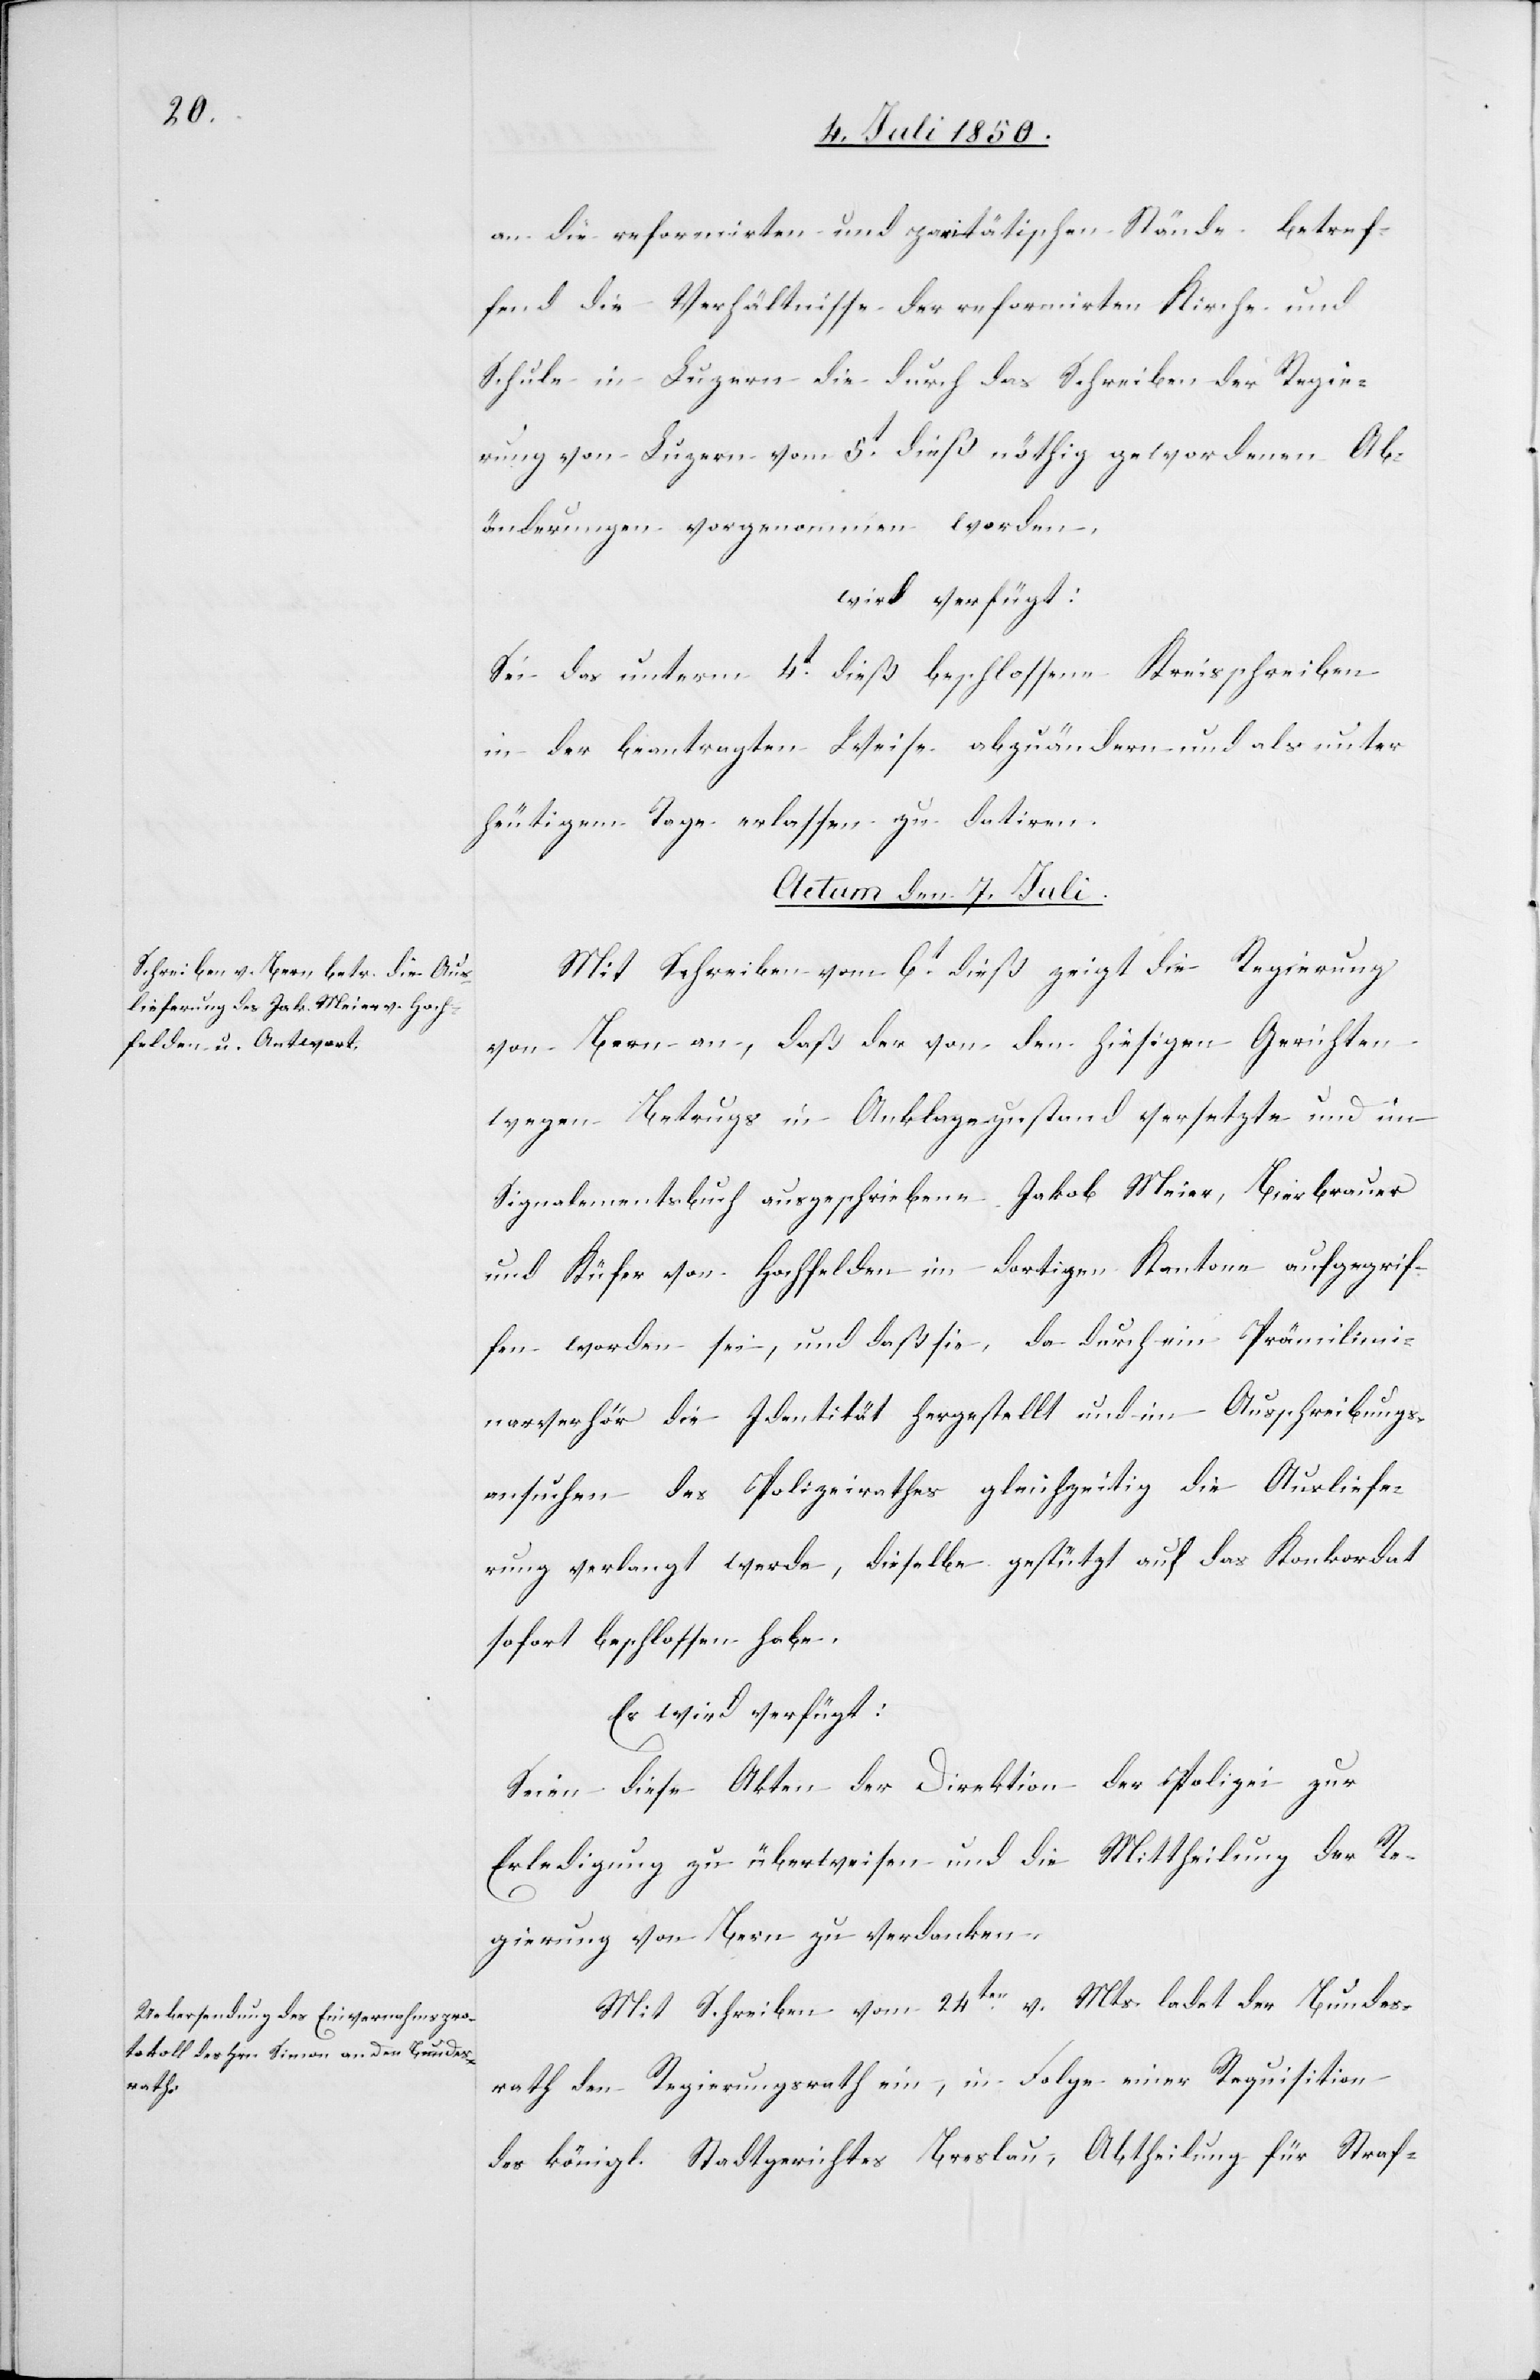
an die reformirten und paritätischen Stände betref¬
fend die Verhältnisse der reformirten Kirche und
Schule in Luzern die durch das Schreiben der Regie¬
rung von Luzern vom 5t dieß nöthig gewordenen Ab¬
änderungen vorgenommen worden,
wird verfügt:
Sei das unterm 4t dieß beschlossene Kreisschreiben
in der beantragten Weise abzuändern und als unter
heutigem Tage erlassen zu datiren.
Actum den 7. Juli.]
Mit Schreiben vom 6t dieß zeigt die Regierung
von Bern an, daß der von den hiesigen Gerichten
wegen Betrugs in Anklagezustand versetzte und im
Signalementsbuch ausgeschriebene Jakob Meier, Bierbrauer
und Küfer von Hochfelden im dortigen Kanton aufgegrif¬
fen worden ist, und daß sie, da durch ein Prälimi¬
narverhör die Identität hergestellt und im Ausschreibungs¬
ersuchen des Polizeirathes gleichzeitig die Ausliefe¬
rung verlangt werde, dieselbe gestützt auf das Konkordat
sofort beschlossen habe.
Es wird verfügt:
Seien diese Akten der Direktion der Polizei zur
Erledigung zu überweisen und die Mittheilung der Re¬
gierung von Bern zu verdanken.
Mit Schreiben vom 24ten v. Mts. ladet der Bundes¬
rath den Regierungsrath ein, in Folge einer Requisition
des königl. Stadtgerichtes Breslau, Abtheilung für Straf-